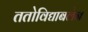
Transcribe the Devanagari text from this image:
ततोविद्याबलेन